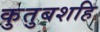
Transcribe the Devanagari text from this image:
कुतुबशहि